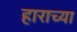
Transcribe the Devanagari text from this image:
हाराच्या